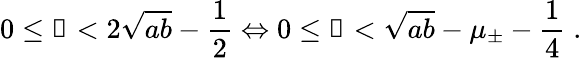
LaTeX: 0\leq\mathscr{n}<2\sqrt{ab}-\frac{1}{2}\Leftrightarrow 0\leq\mathscr{k}<\sqrt{ab}-\mu_{\pm}-\frac{1}{4}\; .